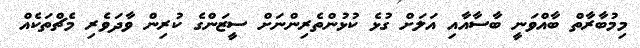
މިމުބާރާތް ބާއްވަނީ ބާސާއާއި އަލަށް ގުޅެ ކުޅުންތެރިންނަށް ސީޒަންގެ ކުރިން ވާދަވެރި މެޗްތަކެއް